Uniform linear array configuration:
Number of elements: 8
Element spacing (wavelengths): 0.25
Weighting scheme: binomial
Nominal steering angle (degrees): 0
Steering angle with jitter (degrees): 1.102
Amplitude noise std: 0.05
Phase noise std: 0.05

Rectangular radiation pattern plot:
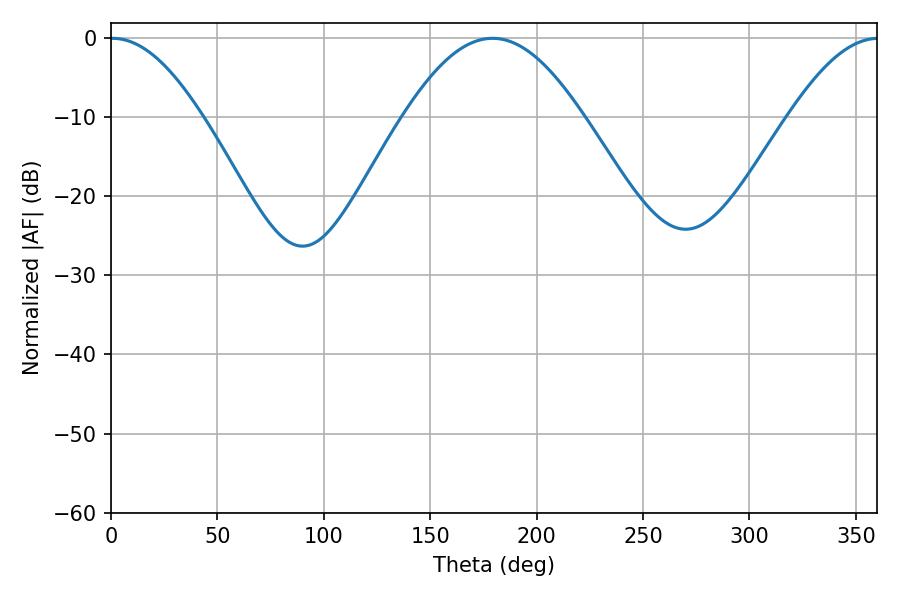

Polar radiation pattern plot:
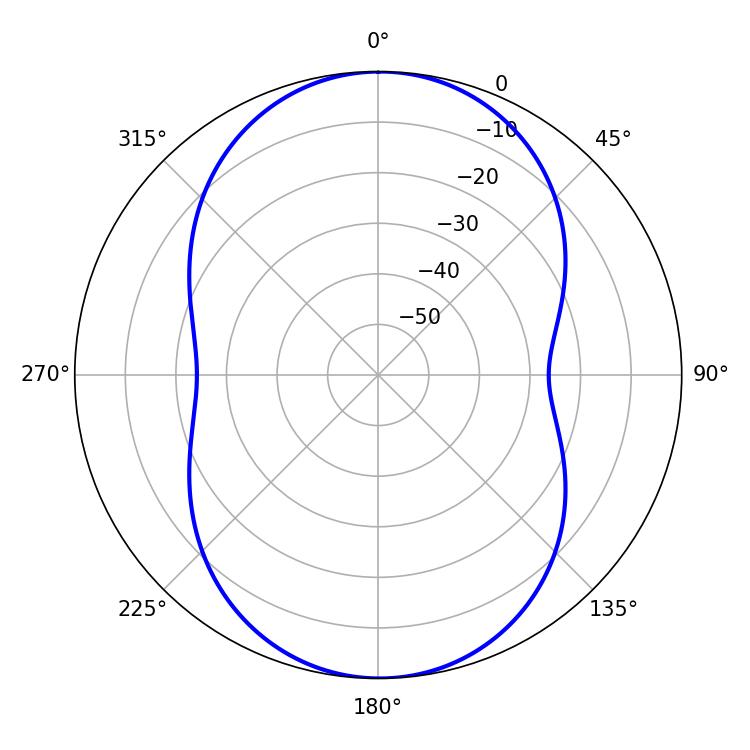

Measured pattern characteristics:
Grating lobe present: FALSE
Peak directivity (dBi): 22.121
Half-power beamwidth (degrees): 23.4
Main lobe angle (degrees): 0.72